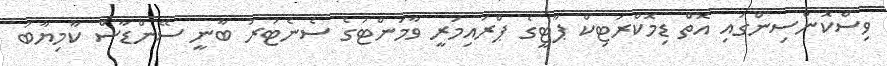
ވިސްކޮންސިންގައި އޮތް ޑިމޮކްރަޓިކް ޕާޓީގެ ޕްރައިމަރީ ވާމަންޓުގެ ސެނެޓަރު ބާނީ ސޭންޑާސް ކާމިޔާބު